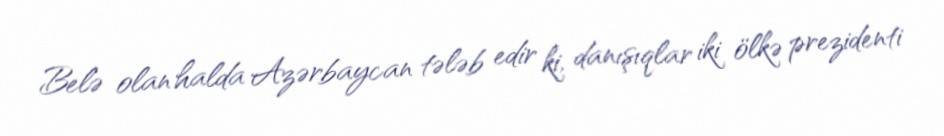
Belə olan halda Azərbaycan tələb edir ki, danışıqlar iki ölkə prezidenti